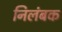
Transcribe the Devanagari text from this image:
निलंबक